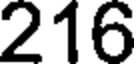
216